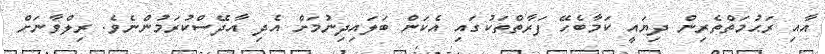
އާއި ރަޙުމަތްތެރިން ދިޔައީ ކަމާބެހޭ ފަރާތްތަކުގައި އެކަން ބަލައިދިނުމަށް އެދި އާދޭސްކުރަމުންނެވެ. ރިލްވާނަށް